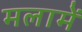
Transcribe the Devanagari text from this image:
मलामें